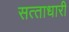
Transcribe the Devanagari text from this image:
सत्‍ताधारी